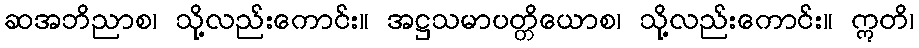
ဆအဘိညာစ၊ သို့လည်းကောင်း။ အဋ္ဌသမာပတ္တိယောစ၊ သို့လည်းကောင်း။ ဣတိ၊